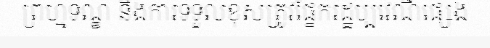
ព្រហ្មទណ្ឌ និងការទទួលខុសត្រូវផ្នែករដ្ឋប្បវេណីផ្សេង